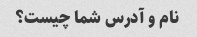
نام و آدرس شما چیست؟